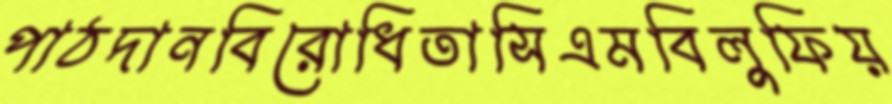
পাঠদানবিরোধিতাসিএমবিলুফিয়